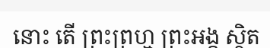
នោះ តើ ព្រះព្រហ្ម ព្រះអង្គ ស្ថិត